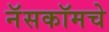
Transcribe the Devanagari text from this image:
नॅसकॉमचे